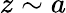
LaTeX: z\sim a